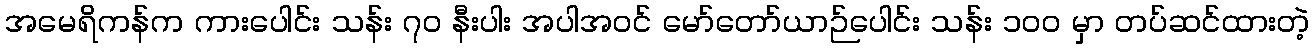
အမေရိကန်က ကားပေါင်း သန်း ၇၀ နီးပါး အပါအဝင် မော်တော်ယာဉ်ပေါင်း သန်း ၁၀၀ မှာ တပ်ဆင်ထားတဲ့